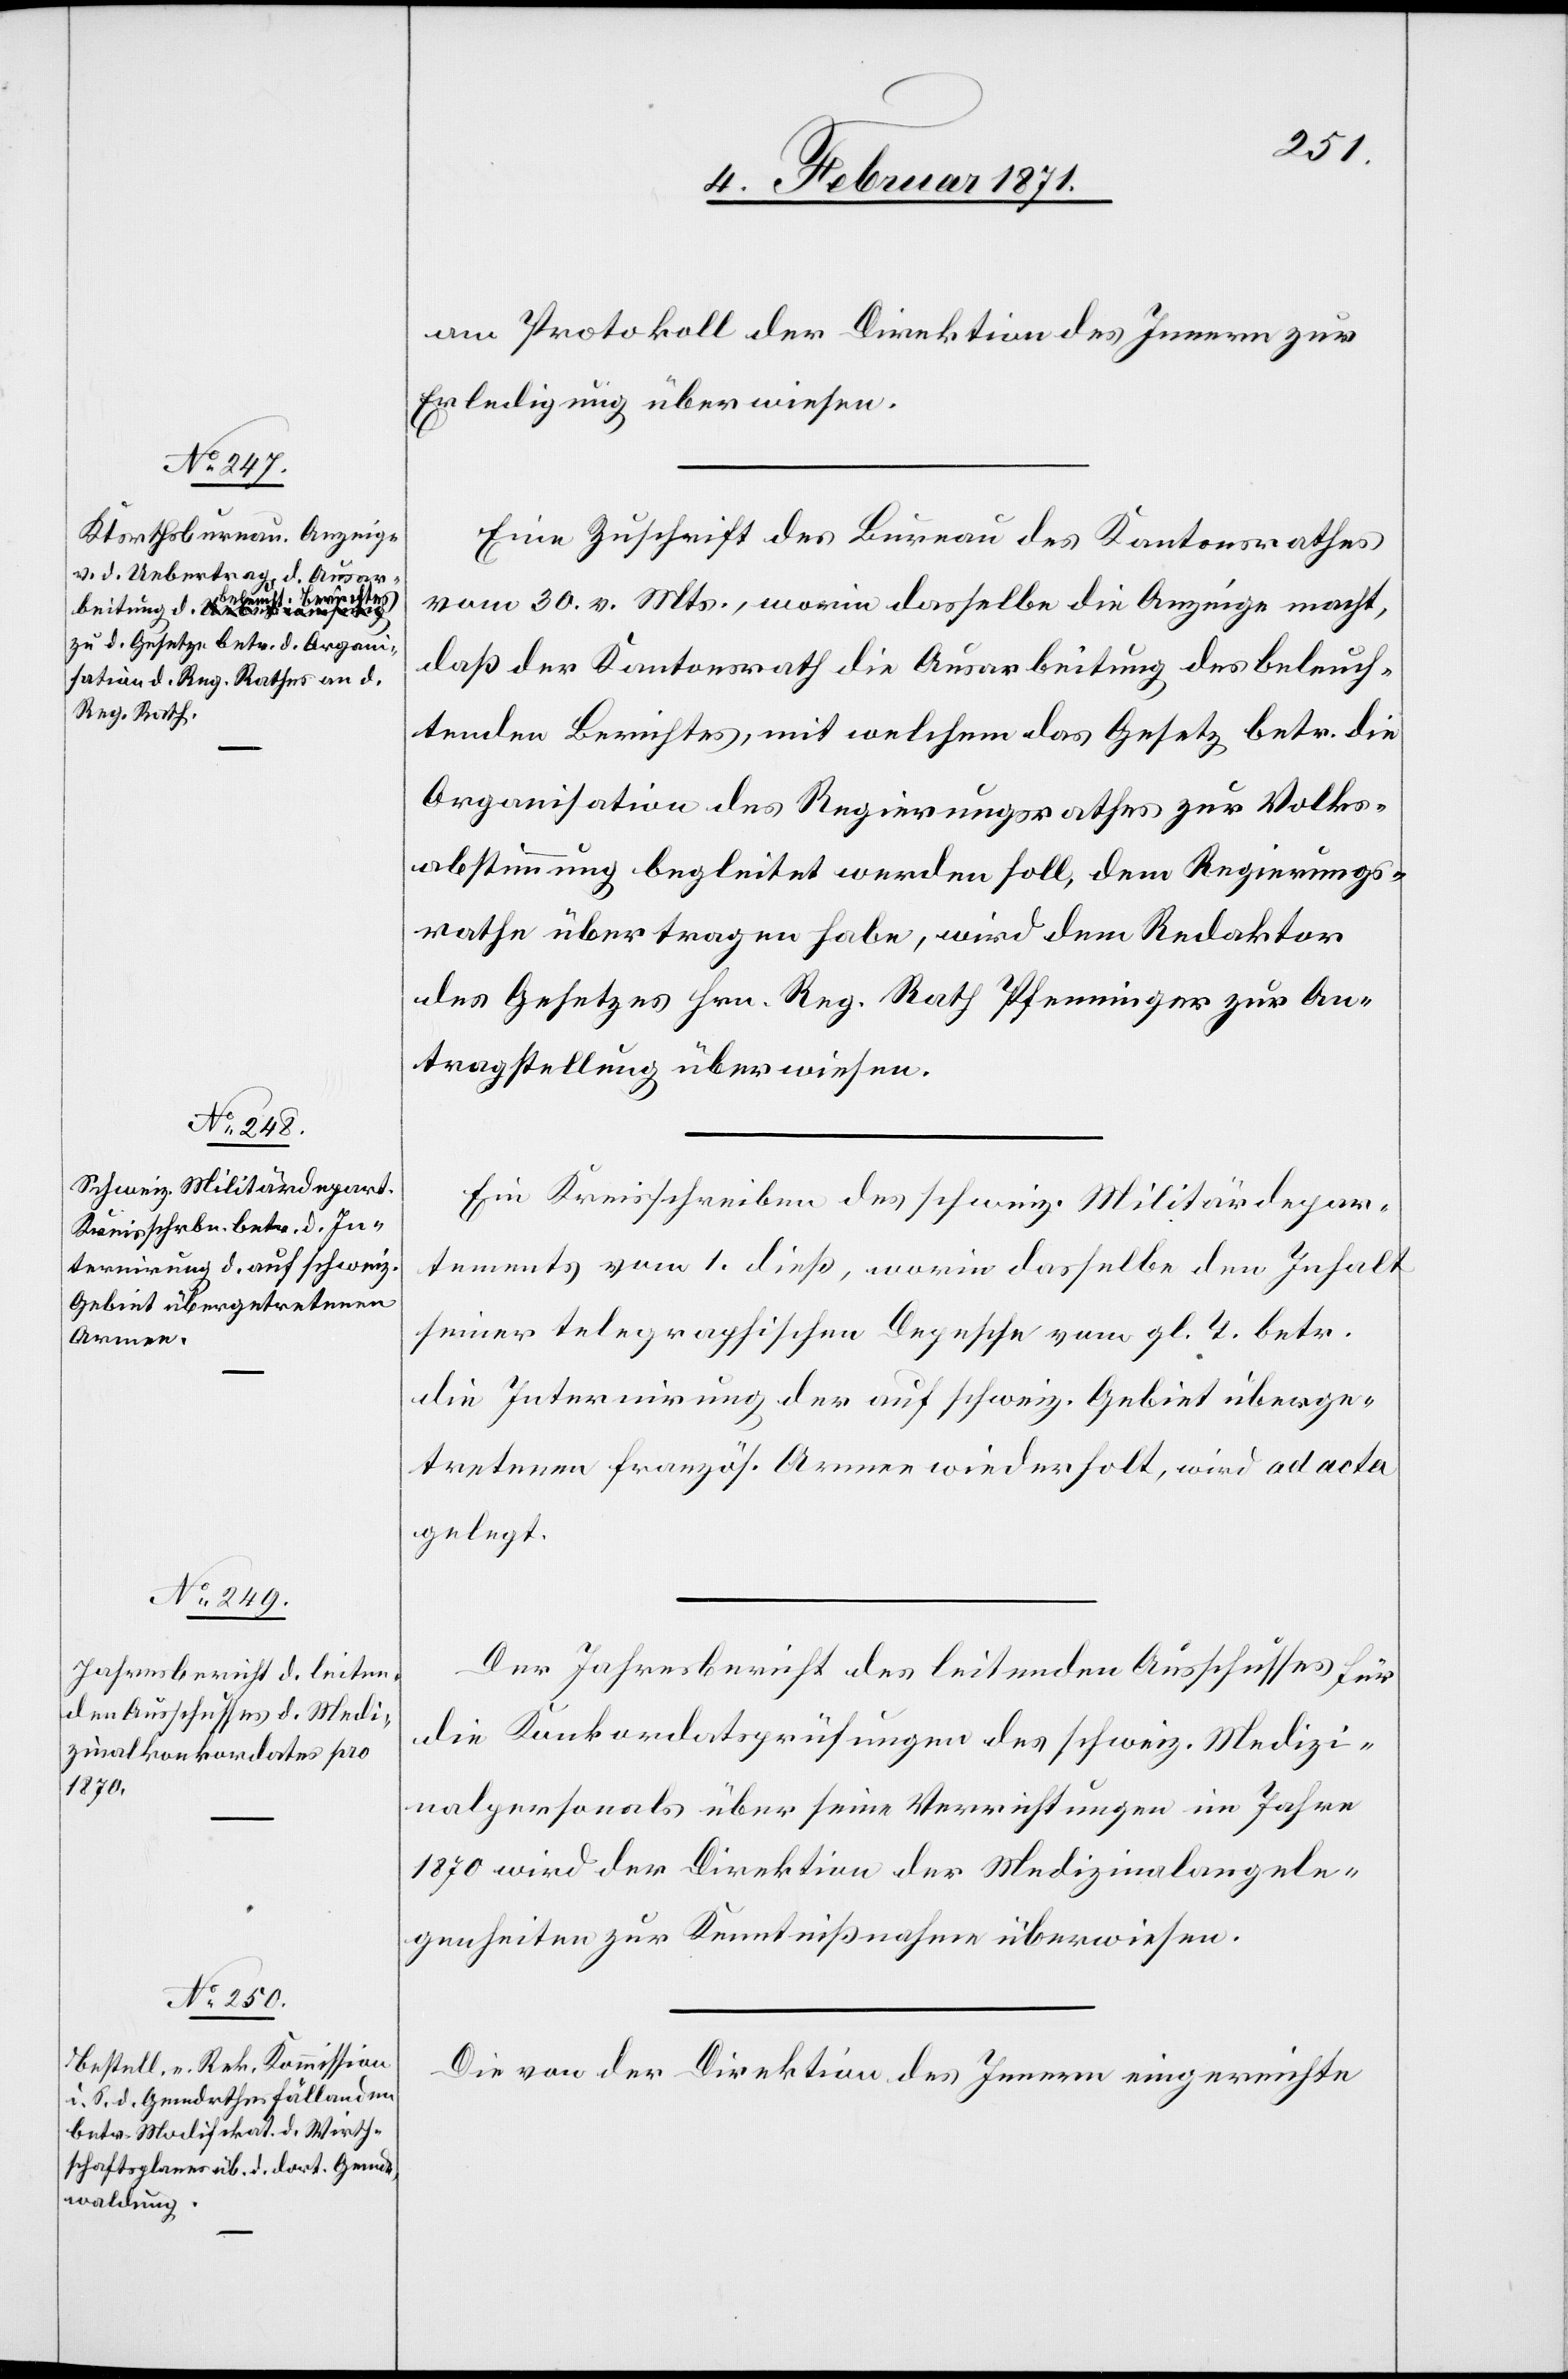
am Protokoll der Direktion des Innern zur
Erledigung überwiesen.
Eine Zuschrift des Bureau des Kantonsrathes
vom 30. v. Mts., worin dasselbe die Anzeige macht,
daß der Kantonsrath die Ausarbeitung des beleuch¬
tenden Berichtes, mit welchem das Gesetz betr. die
Organisation des Regierungsrathes zur Volks¬
abstimmung begleitet werden soll, dem Regierungs¬
rathe übertragen habe, wird dem Redaktor
des Gesetzes Hrn. Reg. Rath Pfenninger zur An¬
tragstellung überwiesen.
Ein Kreisschreiben des schweiz. Militärdepar¬
tements vom 1. dieß, worin dasselbe den Inhalt
seiner telegraphischen Depesche vom gl. T. betr.
die Internirung der auf schweiz. Gebiet überge¬
tretenen französ. Armee wiederholt, wird ad acta
gelegt.
Der Jahresbericht des leitenden Ausschusses für
die Konkordatsprüfungen des schweiz. Medizi¬
nalpersonals über seine Verrichtungen im Jahre
1870 wird der Direktion der Medizinalangele¬
genheiten zur Kenntnißnahme überwiesen.
Die von der Direktion des Innern eingereichte